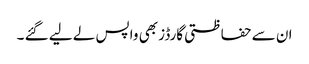
ان سے حفاظتی گارڈز بھی واپس لے لیے گئے ۔